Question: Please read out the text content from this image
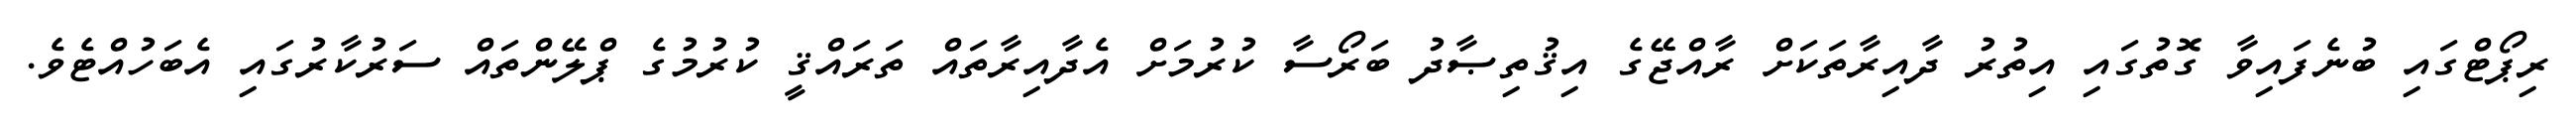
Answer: ރިޕޯޓްގައި ބުނެފައިވާ ގޮތުގައި އިތުރު ދާއިރާތަކަށް ރާއްޖޭގެ އިޤުތިޞާދު ބަރޯސާ ކުރުމަށް އެދާއިރާތައް ތަރައްޤީ ކުރުމުގެ ޕްލޭންތައް ސަރުކާރުގައި އެބަހުއްޓެވެ.